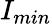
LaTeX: I_{min}